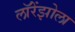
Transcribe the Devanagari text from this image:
लॉरेंझोला